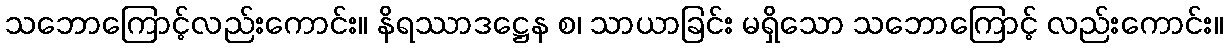
သဘောကြောင့်လည်းကောင်း။ နိရဿာဒဋ္ဌေန စ၊ သာယာခြင်း မရှိသော သဘောကြောင့် လည်းကောင်း။